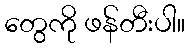
တွေကို ဖန်တီးပါ။